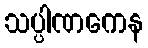
သပ္ပါဏကေန